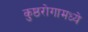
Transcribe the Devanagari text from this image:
कुष्ठरोगामध्ये